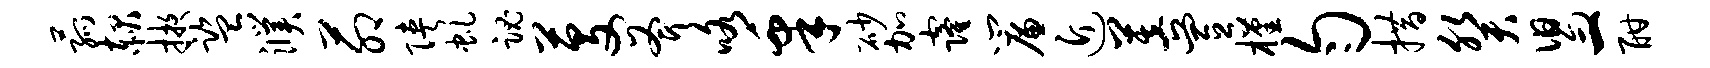
菰赧掖监濮茆陕虬魂芟斧咯皋砂加窿帘近菩置槿匀措癸舄一酣